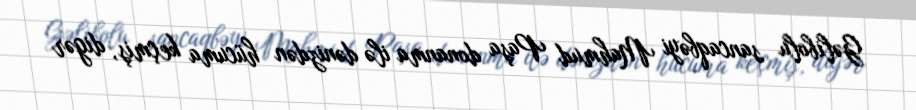
Gəlibolu sancaqbəyi Mahmud Paşa donanma ilə dənizdən hücuma keçmiş, digər